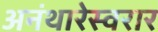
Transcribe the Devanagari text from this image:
अनंथारेस्वरार